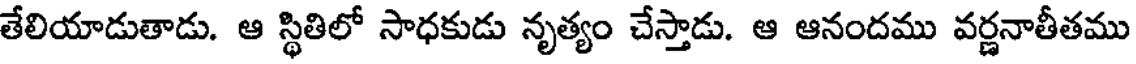
తేలియాడుతాడు. ఆ స్థితిలో సాధకుడు నృత్యం చేస్తాడు. ఆ ఆనందము వర్ణనాతీతము